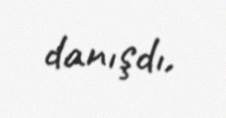
danışdı.